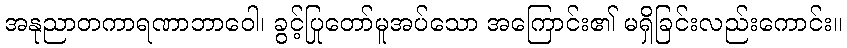
အနုညာတကာရဏာဘာဝေါ၊ ခွင့်ပြုတော်မူအပ်သော အကြောင်း၏ မရှိခြင်းလည်းကောင်း။